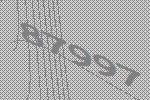
87997